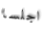
اجلسا